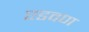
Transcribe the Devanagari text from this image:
एडवण